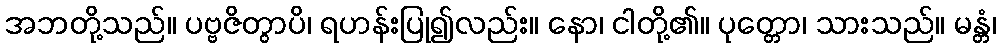
အဘတို့သည်။ ပဗ္ဗဇိတွာပိ၊ ရဟန်းပြု၍လည်း။ နော၊ ငါတို့၏။ ပုတ္တော၊ သားသည်။ မန္တံ၊